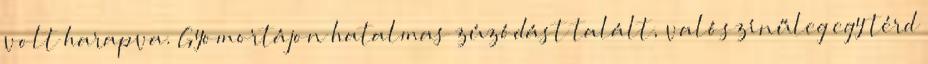
volt harapva. Gyomortájon hatalmas zúzódást talált, valószínűleg egy térd